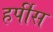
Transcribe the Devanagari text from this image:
हर्पीस